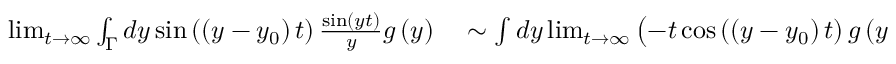
\begin{array} { r l } { \operatorname* { l i m } _ { t \rightarrow \infty } \int _ { \Gamma } d y \sin \left( \left( y - y _ { 0 } \right) t \right) \frac { \sin \left( y t \right) } { y } g \left( y \right) } & { { } \sim \int d y \operatorname* { l i m } _ { t \rightarrow \infty } \left( - t \cos \left( \left( y - y _ { 0 } \right) t \right) g \left( y \right) + \sin \left( \left( y - y _ { 0 } \right) t \right) g _ { y } \left( y \right) \right) 2 = 0 . } \end{array}